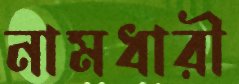
নামধারী